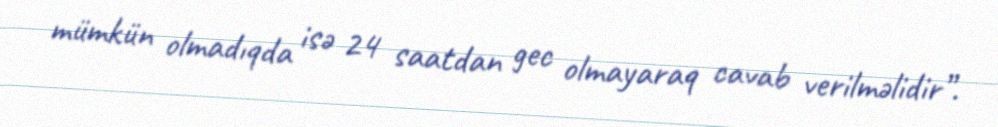
mümkün olmadıqda isə 24 saatdan gec olmayaraq cavab verilməlidir”.